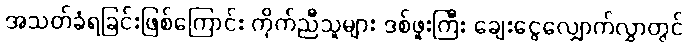
အသတ်ခံရခြင်းဖြစ်ကြောင်း ကိုက်ညီသူများ ဒစ်ဖူးကြီး ချေးငွေလျှောက်လွှာတွင်